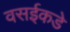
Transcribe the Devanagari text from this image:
वसईकडे